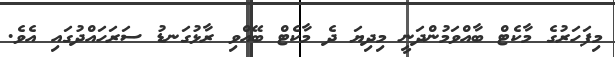
މިފަހަރުގެ މާކެޓް ބާއްވަމުންދަނީ މިދިޔަ ދެ މާކެޓް ބޭއްވި ރާޅުގަނޑު ސަރަހައްދުގައި އެވެ.